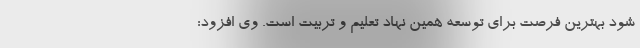
شود بهترین فرصت برای توسعه همین نهاد تعلیم و تربیت است. وی افزود: